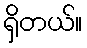
ရှိတယ်။